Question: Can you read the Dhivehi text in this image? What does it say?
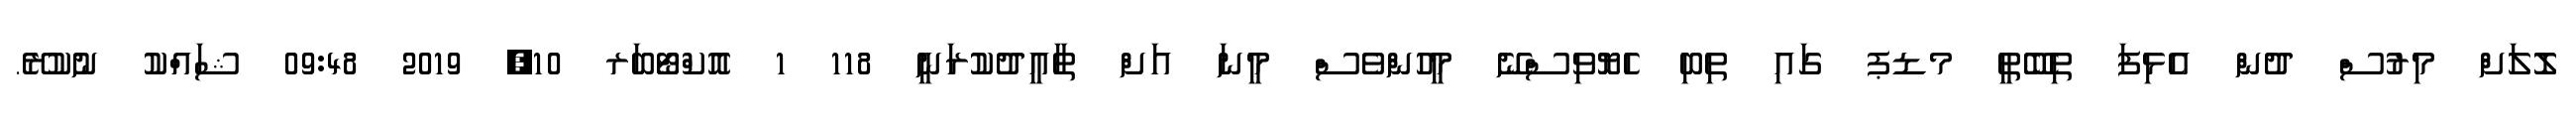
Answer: ލޮލަށް މިރުސް ދުން އެޅިފަ ތިބޭތީ މޑޕ ގައި ތިބި ހެޔޮވިސްނޭ މީހުންވެސް މީނަ އަށް ތާއީދުކުރަނީ 118 1 އޮކްޓޯބަރ 10, 2019 09:48 ޝައްކު ނުކުރޭ.